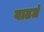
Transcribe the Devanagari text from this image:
वाढतं